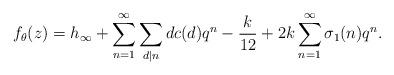
LaTeX: \begin{align*} f_{\theta}(z)=h_\infty+\sum_{n=1}^{\infty}\sum_{d\mid n}d c(d)q^n-\frac{k}{12}+2k\sum_{n=1}^{\infty}\sigma_1(n)q^n.\end{align*}